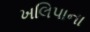
ખલિપાના